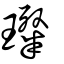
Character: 璨